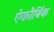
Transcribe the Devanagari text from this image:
ऐकौर्बिक